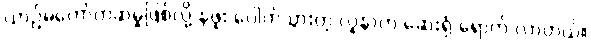
ယာဉ်မတော်တဆမှုဖြစ်လို့ နဖူး ပေါက်သွားတဲ့ လူနာက ဆေးရုံ ရောက် လာတယ်။